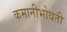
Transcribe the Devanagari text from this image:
कमानीभोवती